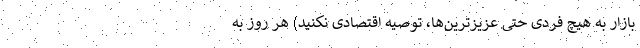
بازار به هیچ فردی حتی عزیزترین‌ها، توصیه اقتصادی نکنید) هر روز به